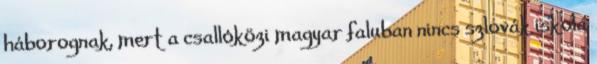
háborognak, mert a csallóközi magyar faluban nincs szlovák iskola